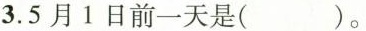
3.5月1日前一天是( )。